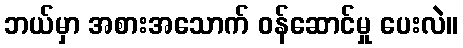
ဘယ်မှာ အစားအသောက် ဝန်ဆောင်မှု ပေးလဲ။